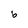
Character: b